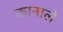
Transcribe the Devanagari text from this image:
कानाले